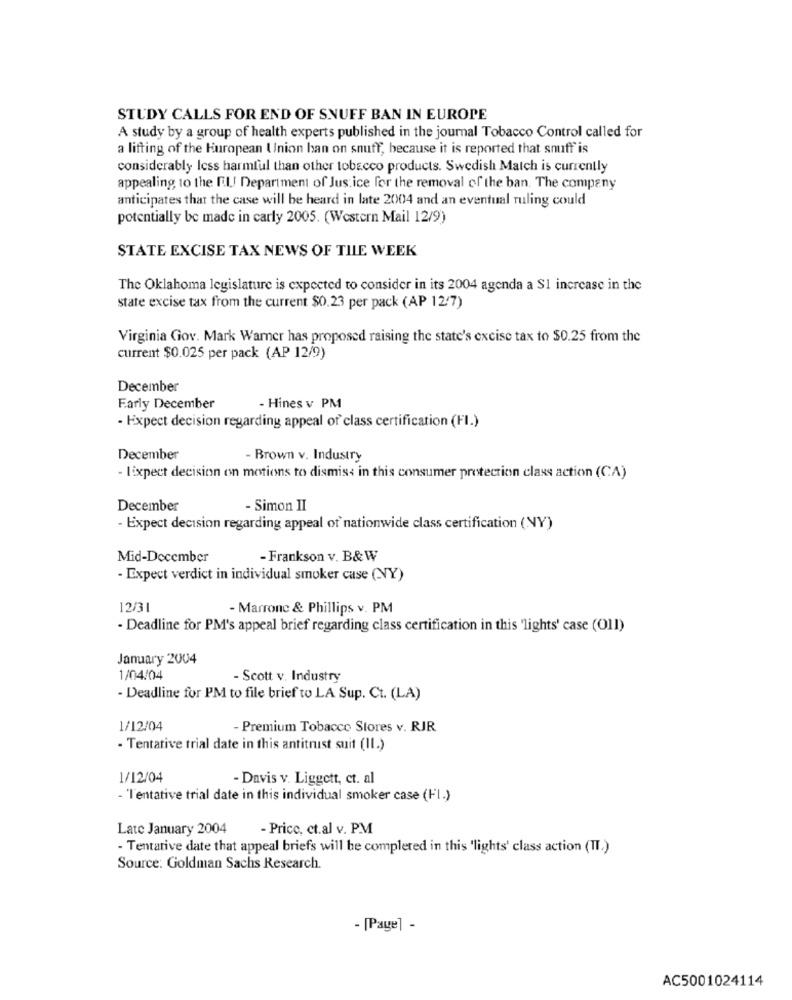
STUDY CALLS FOR END OF SNUFF BAN IN EUROPE
A study by a group of health experts published in the journal Tobacco Control called for
a lifting of the European Union han on snuff, because it is reported that snuff is
considerably less harmful than other tobacco products. Swedish Match is currently
appealing to the [.l .! Department of Justice for the removal of the ban. The company
anticipates that the case will be heard in late 2004 and an eventual ruling could
potentially be made in carly 2005. (Western Mail 12/9)
STATE EXCISE TAX NEWS OF TILE WEEK
The Oklahoma legislature is expected to consider in its 2004 agenda a $1 increase in the
state excise tax from the current $0.23 per pack (AP 12/7)
Virginia Gov. Mark Warner has proposed raising the state's excise tax to $0.25 from the
current $0.025 per pack (AP 12/9)
December
Farly December
- Hines v PM
- Expect decision regarding appeal of class certification (FI.)
December
- Brown v. Industry
- lExpect decision on motions to dismiss in this consumer protection class action (CA)
December
- Simon II
- Expect decision regarding appeal of nationwide class certification (NY)
Mid-December
- Frankson v. B&W
- Expect verdict in individual smoker case (NY)
12/31
- Marrone & Phillips v. PM
- Deadline for PM's appeal brief regarding class certification in this 'lights' case (O11)
January 2004
1/04/04
- Scott v. Industry
- Deadline for PM to file brief to LA Sup. Ct. (LA)
1/12/04
Premium Tobacco Stores v. RJR
- Tentative trial date in this antitrust suit (II.)
1/12/04
- Davis v. Liggett, ct. al
- 'Tentative trial date in this individual smoker case (FI.)
Late January 2004
- Price, ct.al v. P.M
- Tentative date that appeal briefs will be completed in this 'lights' class action (II.)
Source: Goldman Sachs Research.
- [Page] -
AC5001024114